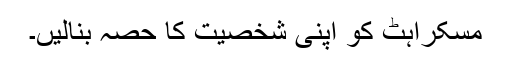
مسکراہٹ کو اپنی شخصیت کا حصہ بنالیں۔